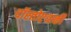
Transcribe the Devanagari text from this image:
दॉस्तोएव्स्की